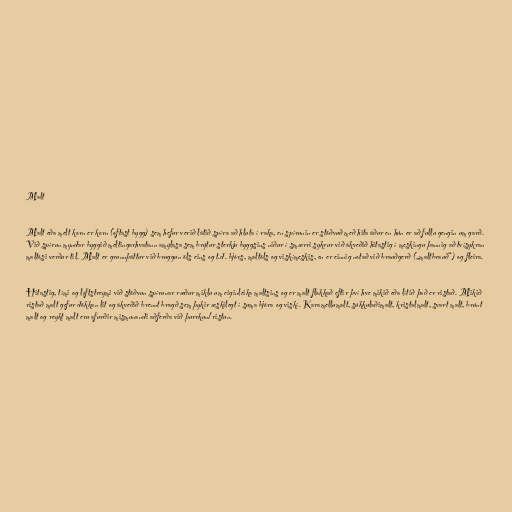
Malt

Malt eða melt korn er korn (oftast bygg) sem hefur verið látið spíra að hluta í raka, en spírunin er stöðvuð með hita áður en hún er að fullu gengin um garð.
Við spírun myndar byggið meltingarhvatann amýlasa sem brýtur sterkju byggsins niður í smærri sykrur við ákveðið hitastig í meskingu þannig að tvísykran
maltósi verður til. Malt er grunnþáttur við bruggun öls eins og t.d. bjórs, maltöls og viskímeskis, en er einnig notað við brauðgerð („maltbrauð“) og fleira.

Hitastig, tími og loftstreymi við stöðvun spírunar ræður miklu um eiginleika maltsins og er malt flokkað eftir því hve mikið eða lítið það er ristað. Mikið
ristað malt gefur dökkan lit og ákveðið brennt bragð sem þykir æskilegt í suma bjóra og viskí. Karamellumalt, súkkulaðimalt, kristalmalt, svart malt, brúnt
malt og reykt malt eru afurðir mismunandi aðferða við þurrkun/ristun.